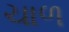
ચાળ